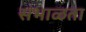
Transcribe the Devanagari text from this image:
संभाळता